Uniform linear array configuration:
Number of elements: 12
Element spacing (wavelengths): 0.5
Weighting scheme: cosine
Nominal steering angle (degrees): -45
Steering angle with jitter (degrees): -44.977
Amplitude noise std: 0.05
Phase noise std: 0.05

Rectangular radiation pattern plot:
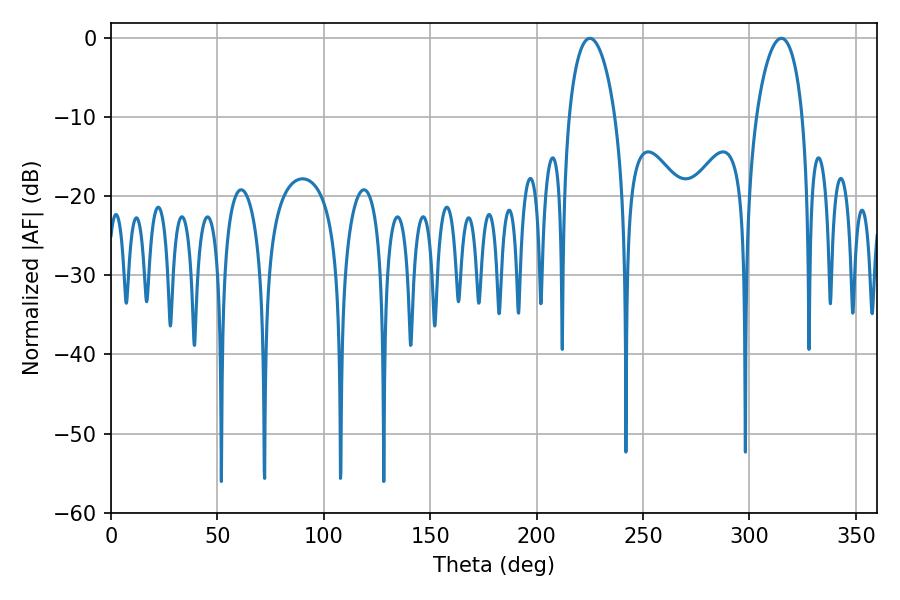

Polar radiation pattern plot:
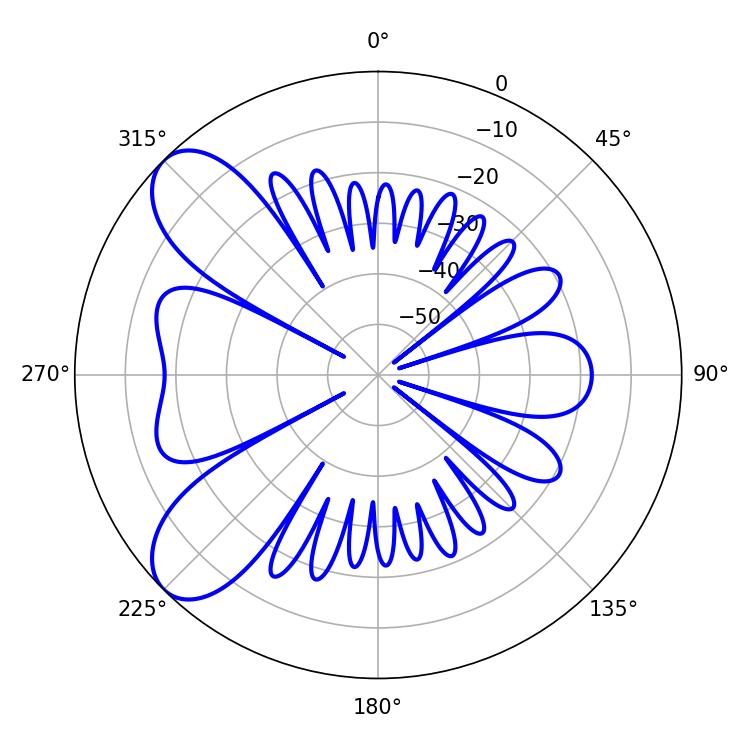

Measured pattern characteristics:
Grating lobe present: FALSE
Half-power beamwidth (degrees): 12.24
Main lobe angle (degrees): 225